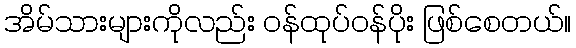
အိမ်သားများကိုလည်း ဝန်ထုပ်ဝန်ပိုး ဖြစ်စေတယ်။